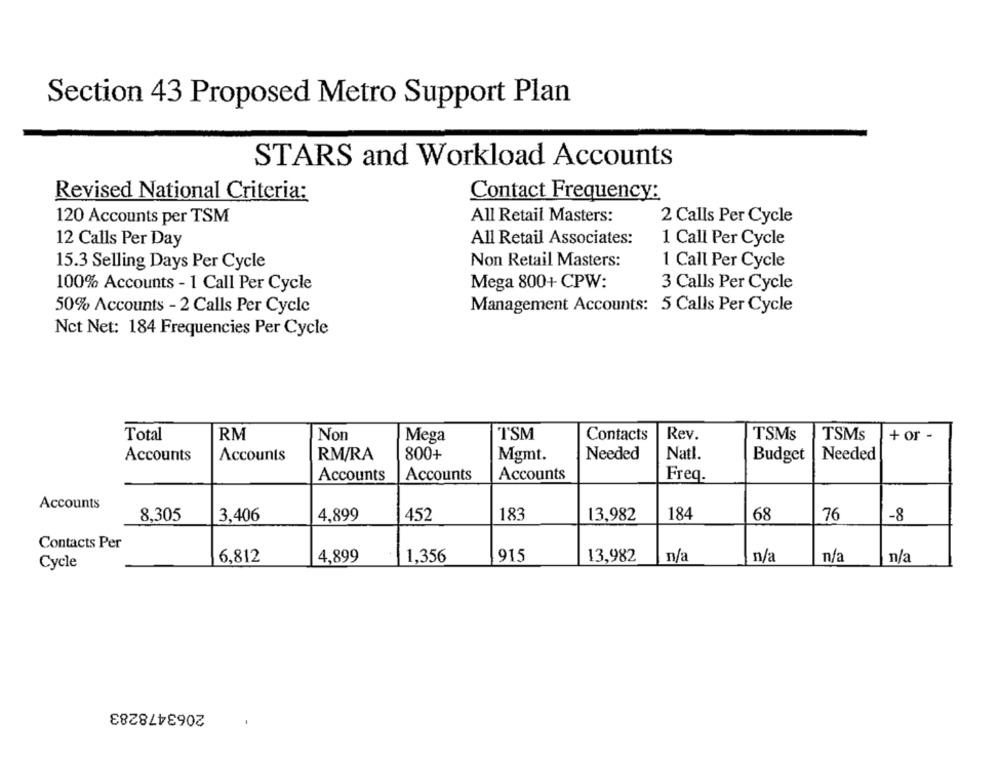
Section 43 Proposed Metro Support Plan
STARS and Workload Accounts
Revised National Criteria:
Contact Frequency:
120 Accounts per TSM
All Retail Masters:
2 Calls Per Cycle
12 Calls Per Day
All Retail Associates:
1 Call Per Cycle
15.3 Selling Days Per Cycle
Non Retail Masters:
1 Call Per Cycle
100% Accounts - 1 Call Per Cycle
Mega 800+ CPW:
3 Calls Per Cycle
50% Accounts - 2 Calls Per Cycle
Management Accounts: 5 Calls Per Cycle
Nct Net: 184 Frequencies Per Cycle
+ or -
Total
RM
Non
Mega
TSM
Contacts
Rev.
TSMs
TSMs
Accounts
Accounts
RM/RA
800+
Needed
Natl.
Needed
Mgmt.
Budget
Accounts
Accounts
Accounts
Freq.
Accounts
8,305
3,406
4,899
452
183
13,982
184
68
76
-8
Contacts Per
n/a
Cycle
6,812
4,899
1,356
1915
13,982
n/a
n/a
n/a
2063478283